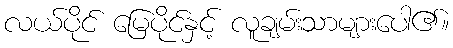
လယ်ပိုင် မြေပိုင်နှင့် လူချမ်းသာများပေါ၏။